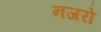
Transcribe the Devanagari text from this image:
नजरो